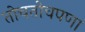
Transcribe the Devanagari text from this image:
तोचतोचपणा